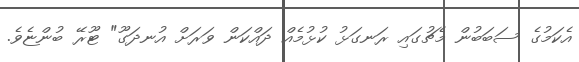
އެކަމުގެ ސަބަބުން މެޗުގައި ރަނގަޅު ކުޅުމެއް ދައްކަން ވަރަށް އުނދަގޫ" ޓޫރޭ ބުންޏެވެ.